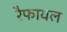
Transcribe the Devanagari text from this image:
रैफायल